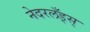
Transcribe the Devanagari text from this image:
नेदरलँड्स्